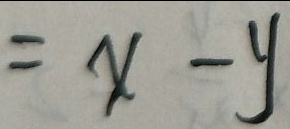
= x - y